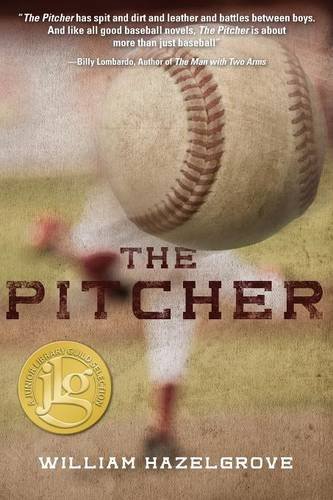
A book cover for The Pitcher; William Hazelgrove; Literature & Fiction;